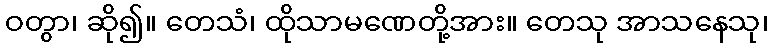
ဝတွာ၊ ဆို၍။ တေသံ၊ ထိုသာမဏေတို့အား။ တေသု အာသနေသု၊